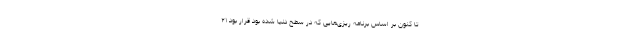
تا کنون بر اساس برنامه ریزی‌هایی که در سطح دنیا شده بود قرار بود ۲۱